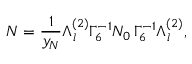
{ \cal N } = \frac { 1 } { y _ { N } } \Lambda _ { l } ^ { ( 2 ) } \Gamma _ { 6 } ^ { - 1 } { \cal N } _ { 0 } \, \Gamma _ { 6 } ^ { - 1 } \Lambda _ { l } ^ { ( 2 ) } ,